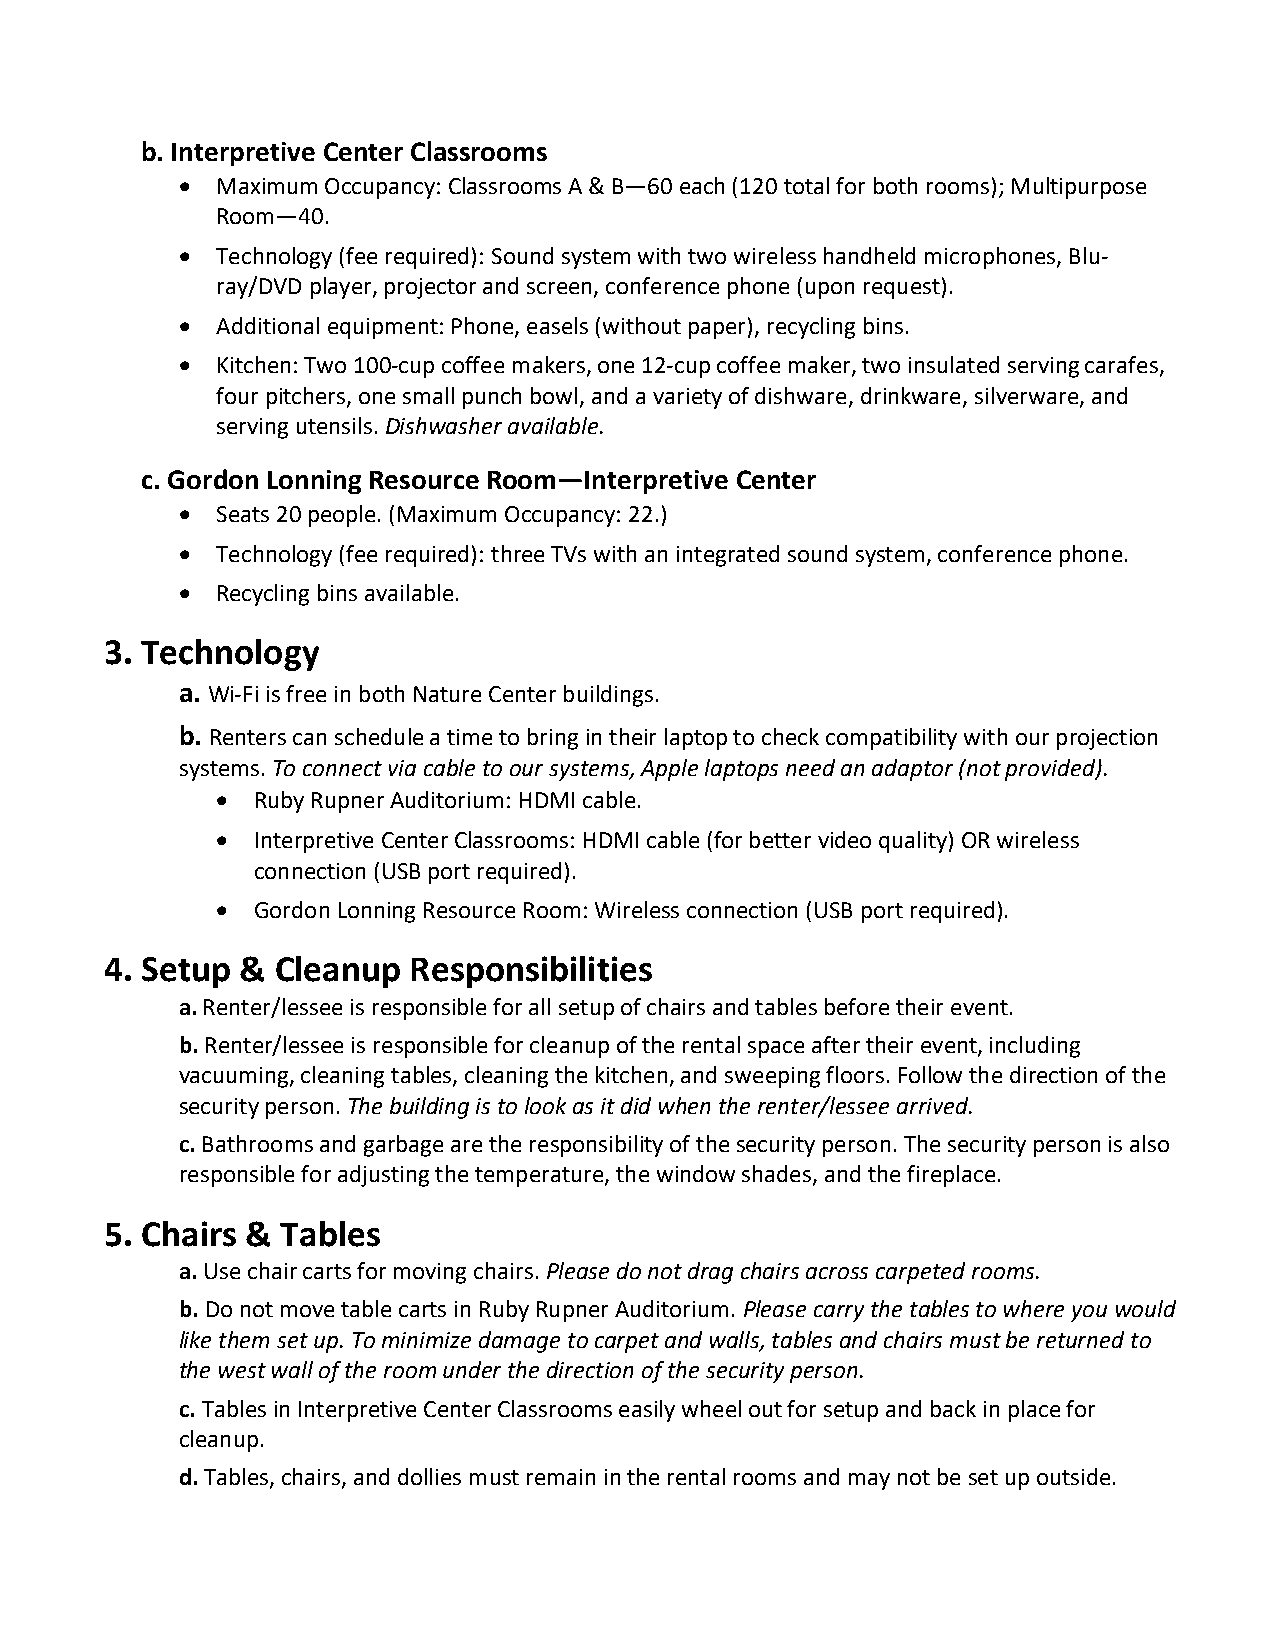
b. Interpretive Center Classrooms
  Maximum Occupancy: Classrooms A & B—60 each (120 total for both rooms); Multipurpose
 Room—40.
  Technology (fee required): Sound system with two wireless handheld microphones, Blu-
 ray/DVD player, projector and screen, conference phone (upon request).
  Additional equipment: Phone, easels (without paper), recycling bins.
  Kitchen: Two 100-cup coffee makers, one 12-cup coffee maker, two insulated serving carafes,
 four pitchers, one small punch bowl, and a variety of dishware, drinkware, silverware, and
 serving utensils. Dishwasher available.
 c. Gordon Lonning Resource Room—Interpretive Center
  Seats 20 people. (Maximum Occupancy: 22.)
  Technology (fee required): three TVs with an integrated sound system, conference phone.
  Recycling bins available.
 3. Technology
 a. Wi-Fi is free in both Nature Center buildings.
 b. Renters can schedule a time to bring in their laptop to check compatibility with our projection
 systems. To connect via cable to our systems, Apple laptops need an adaptor (not provided).
   Ruby Rupner Auditorium: HDMI cable.
   Interpretive Center Classrooms: HDMI cable (for better video quality) OR wireless
 connection (USB port required).
   Gordon Lonning Resource Room: Wireless connection (USB port required).
 4. Setup & Cleanup  Responsibilities
 a. Renter/lessee is responsible for all setup of chairs and tables before their event.
 b. Renter/lessee is responsible for cleanup of the rental space after their event, including
 vacuuming, cleaning tables, cleaning the kitchen, and sweeping floors. Follow the direction of the
 security person. The building is to look as it did when the renter/lessee arrived.
 c. Bathrooms and garbage are the responsibility of the security person. The security person is also
 responsible for adjusting the temperature, the window shades, and the fireplace.
 5. Chairs & Tables
 a. Use chair carts for moving chairs. Please do not drag chairs across carpeted rooms.
 b. Do not move table carts in Ruby Rupner Auditorium. Please carry the tables to where you would
 like them set up. To minimize damage to carpet and walls, tables and chairs must be returned to
 the west wall of the room under the direction of the security person.
 c. Tables in Interpretive Center Classrooms easily wheel out for setup and back in place for
 cleanup.
 d. Tables, chairs, and dollies must remain in the rental rooms and may not be set up outside.